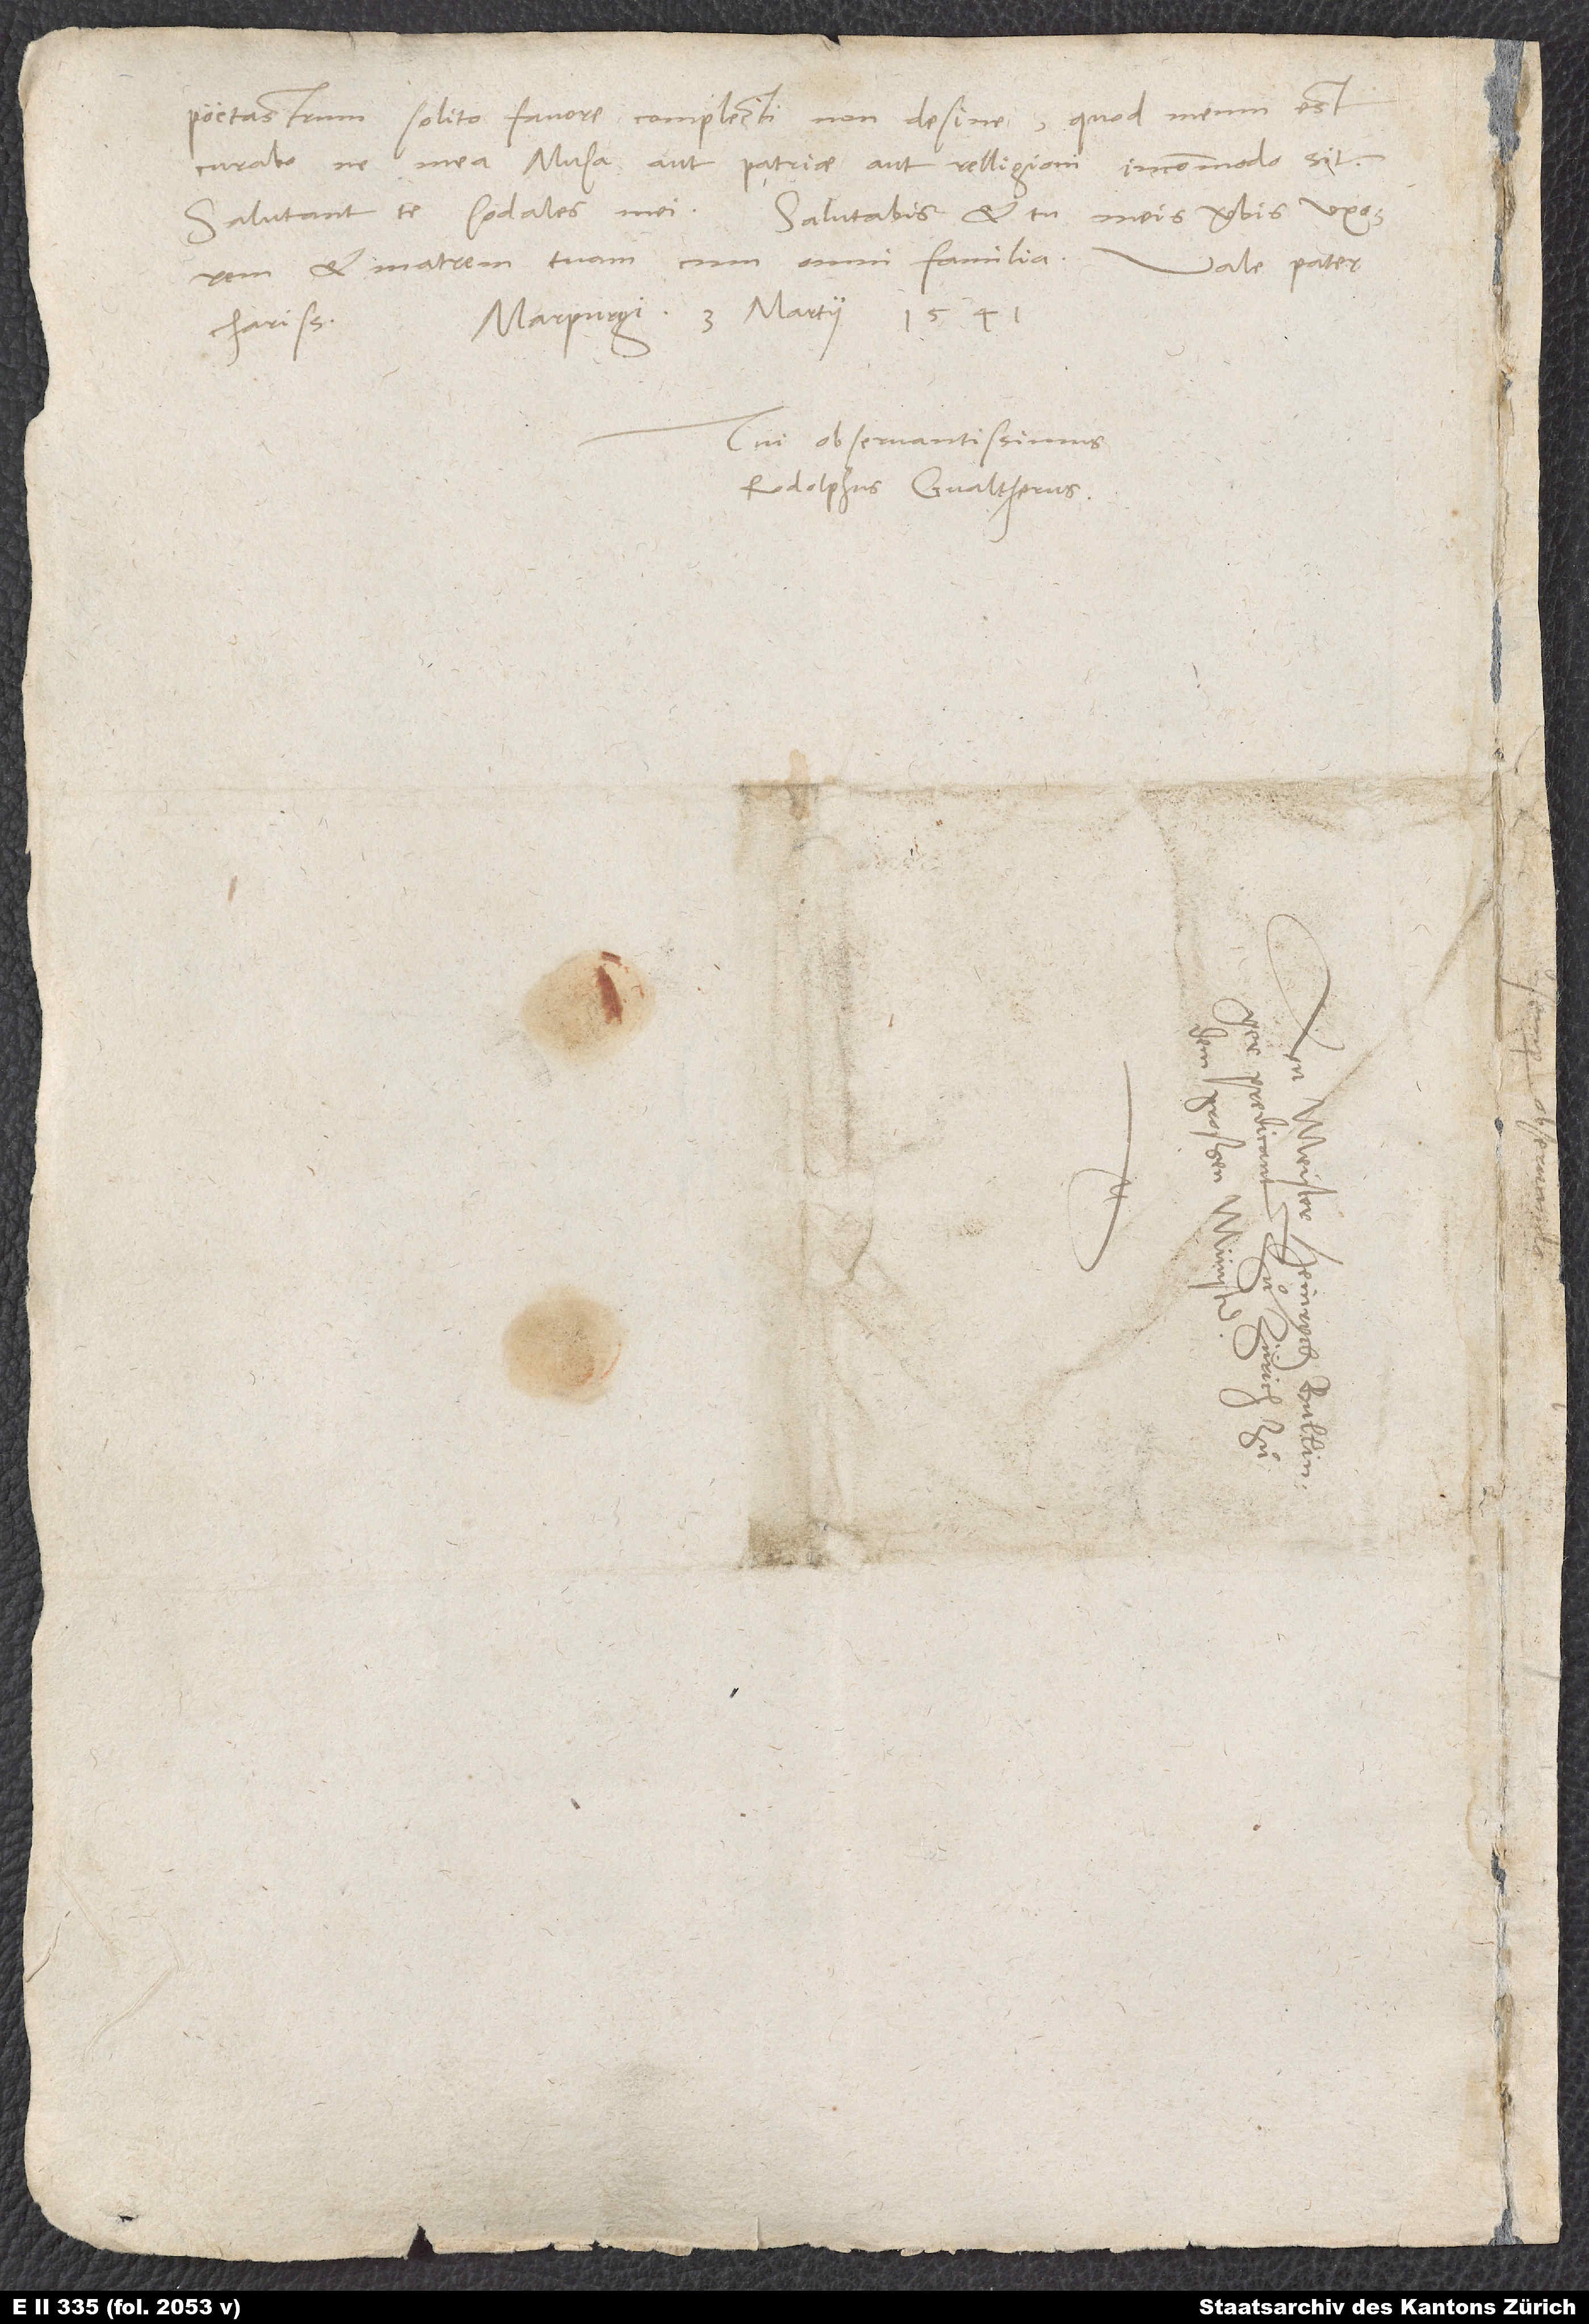
poetastrum solito favore complecti non desine; quod meum est,
curabo, ne mea Musa aut patriae aut relligioni incommodo sit.
Salutant te sodales mei. Salutabis et tu meis verbis uxorem
et matrem tuam cum omni familia.
Vale, pater
Marpurgi, 3. martii 1541.
Tui observantissimus
Rodolphus Gvaltherus.
d.